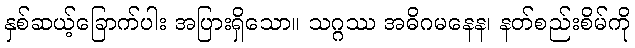
နှစ်ဆယ့်ခြောက်ပါး အပြားရှိသော။ သဂ္ဂဿ အဓိဂမနေန၊ နတ်စည်းစိမ်ကို